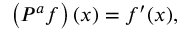
\left( P ^ { a } f \right) ( x ) = f ^ { \prime } ( x ) ,